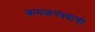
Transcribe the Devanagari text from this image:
कमळपक्ष्याची